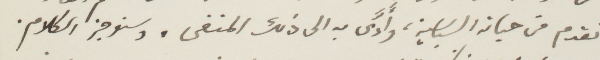
تقدم من حياته السياسية، وأدّى به الى ذلك المنفى. وسنوجز الكلام.